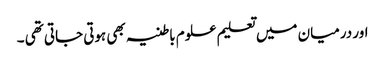
اور درمیان میں تعلیم علوم باطنیہ بھی ہوتی جاتی تھی ۔